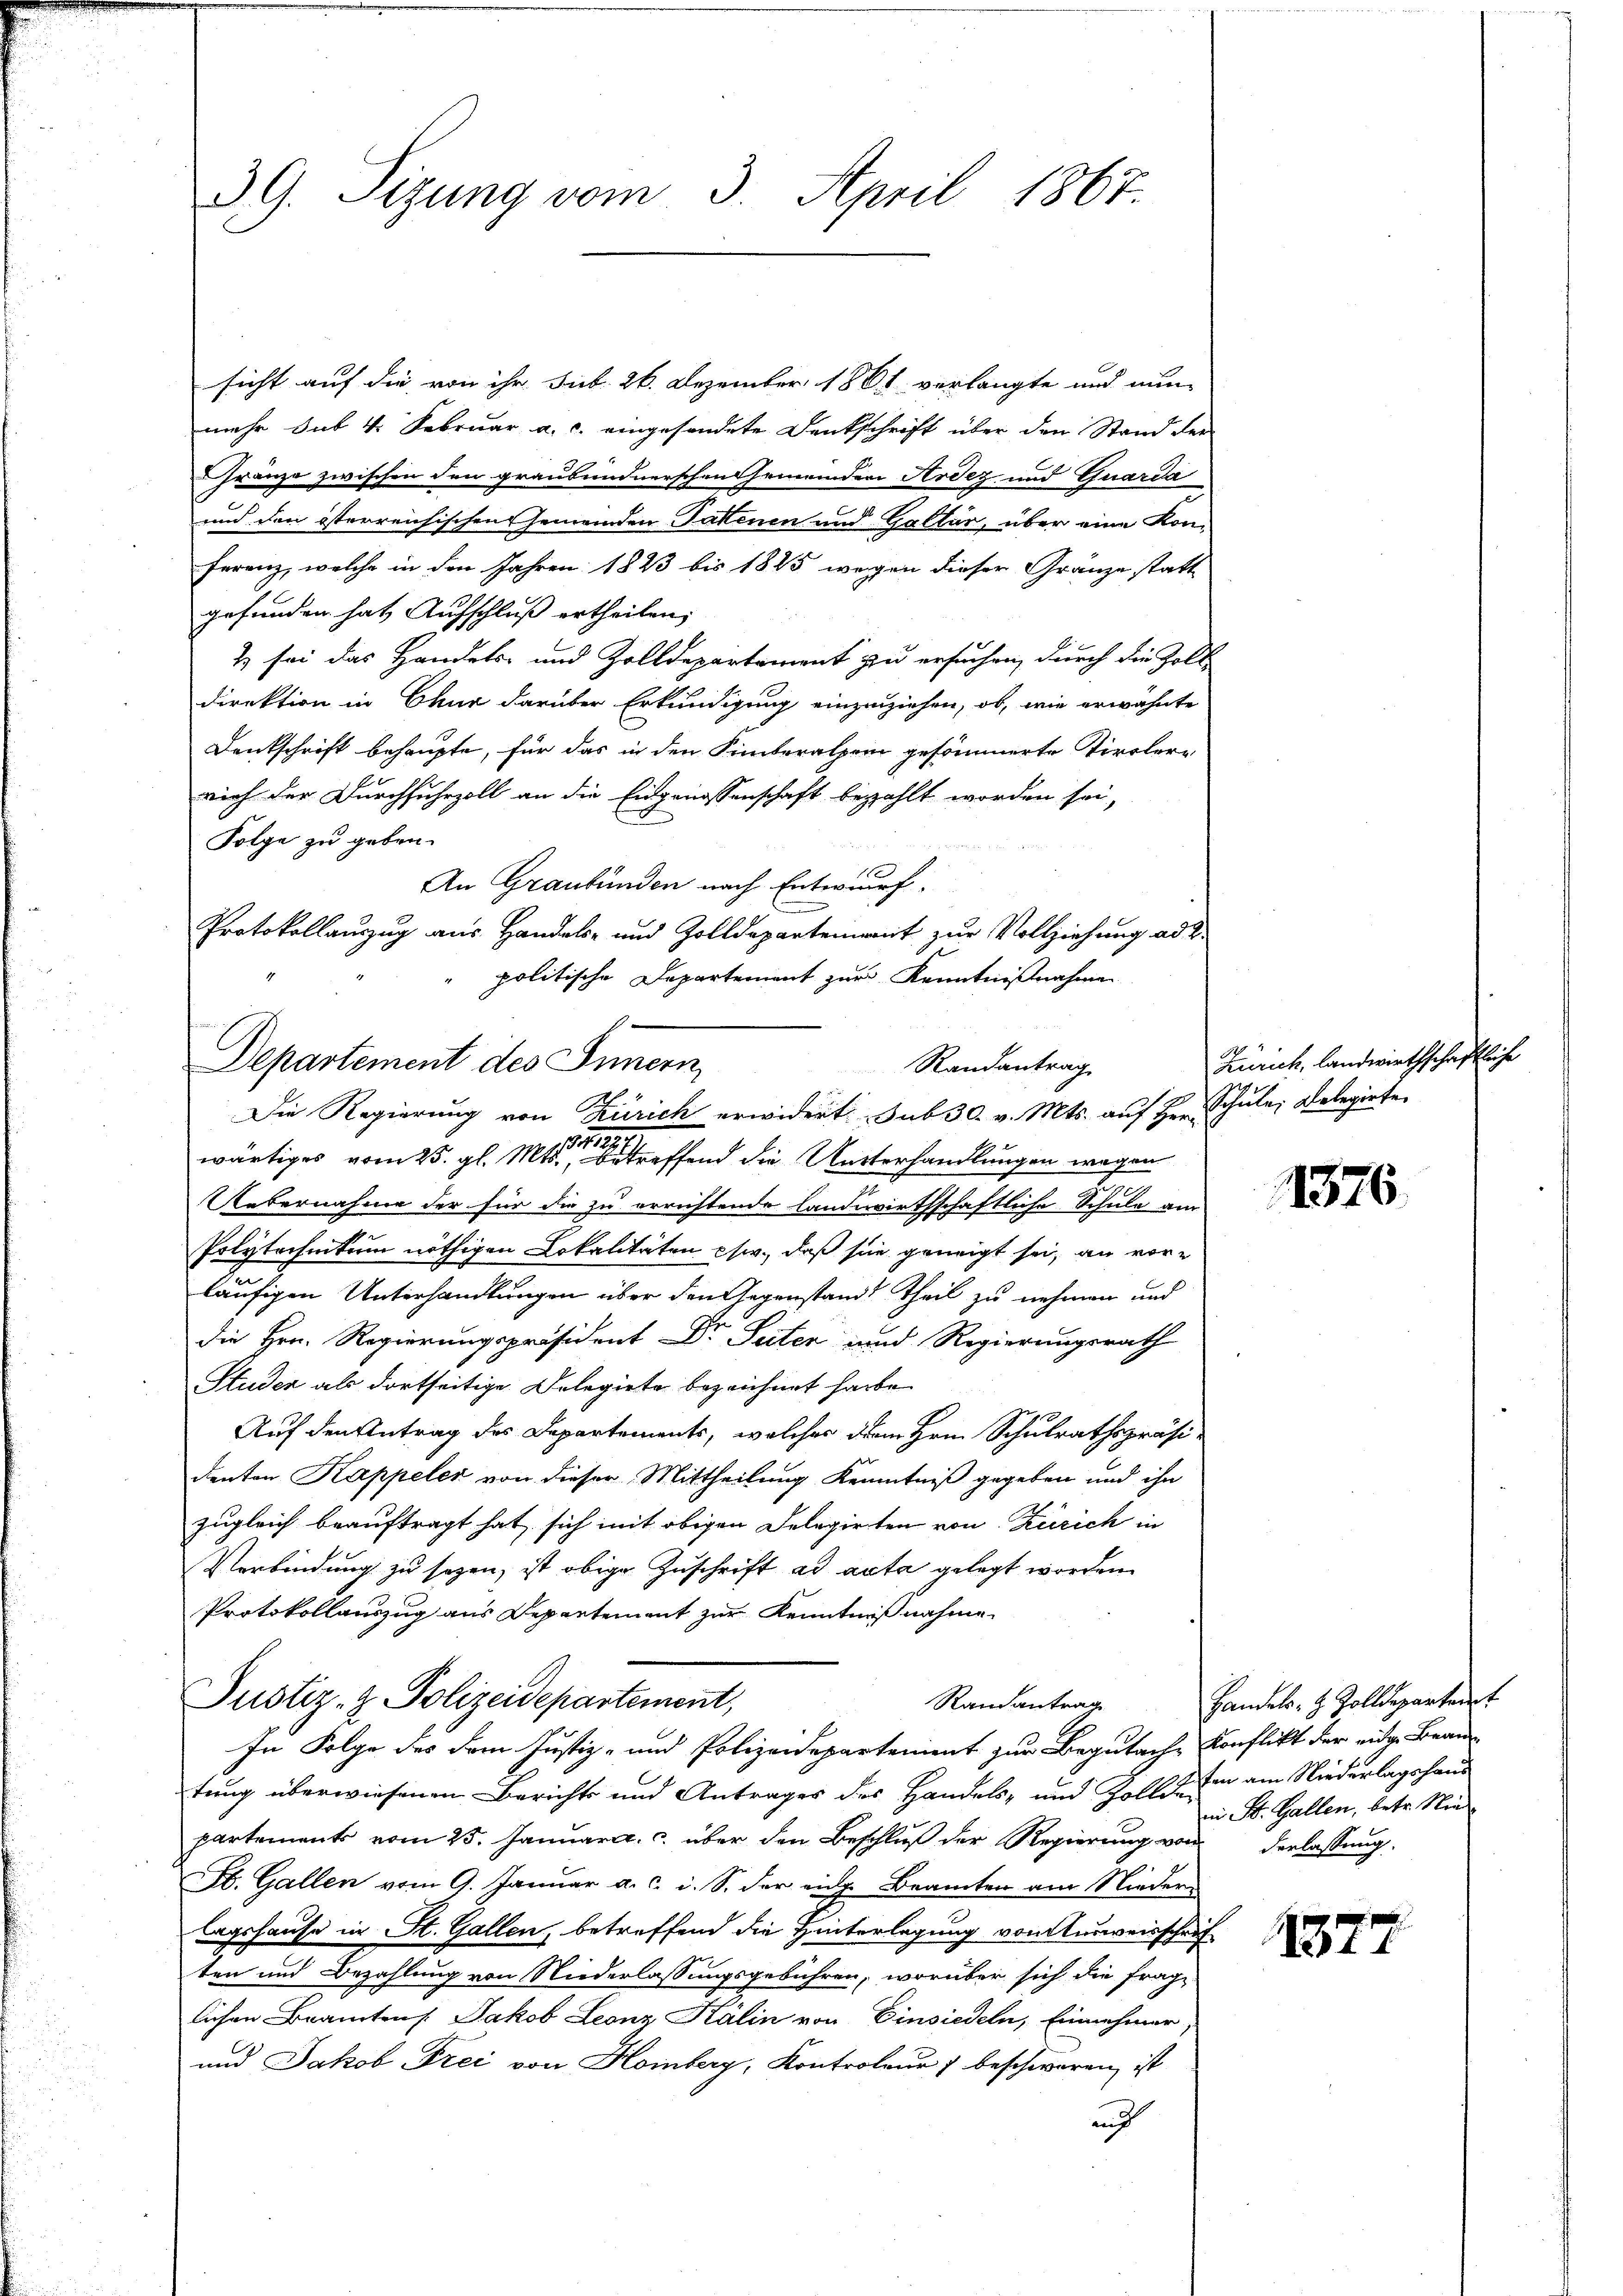
sicht auf die von ihr Ant. 26. Dezember 1861 verlangte und nun
mehr sub 4. Februar a. c. eingesendete Denkschrift über den Stand der
Gränze zwischen den graubündnerschen Gemeinden Ardez und Guarda
und den österreichischen Gemeinden Tatenen und Galtar, über eine Koni-
Feranz, welche in den Jahren 1823 bis 1885 wegen dieser Gränze statt
gefunden hat Aufschluß ertheilen,
& sei das Handels- und Zolldepartement zu ersuchen, durch die Zoll
Direktion in Chur darüber Erkundigung einzuziehen, ob, wie erwähnte
Denkschrift behaupte, für das in den Sinteralper gesömmerte Tiroler-
rich der Durchfuhrzoll an die Eidgenossenschaft bezahlt worden sei,
Folge zu geben.
An Graubünden nach Entwurf.
Protokollauszug aus Handels- und Zolldepartement zur Vollziehung ad 2.
politische Departement zur Kenntnißnahmen

39. Sitzung vom 3. April 1867.

Departement des Sinnern,
Randantrag
Die Regierung von Zürich erwidert, sub 30. v. Mts. auf Hrn. Schule, Belegirte

1127.
wärtiges vom 25. gl. Mts., betreffend die Unterhandlungen wegen
e
Uebernahme der für die zu errichtende landwirthschaftliche Schule am
Polytechnitum nöthigen Lokalitäten psw., daß sie geneigt sei, an vor-
läufigen Unterhandlungen über den Gegenstand Theil zu nehmen und
die Hrn. Regierungspräsident Dr. Seiten und Regierungsrath
Studen als dortseitige Delegiete bezeichnet habe.
Auf den Antrag des Departements, welches dem Hrn. Schulrathspräsi-
denten Kappeler von dieser Mittheilung Kenntniß gegeben und ihn
zugleich beauftragt hat, sich mit obigen Delegirten von Zürich in
Verbindung zu sezen, ist obige Zuschrift ad acta gelegt worden.
Protokollauszug aus Departement zur Kenntnißnahme.

Justiz- & Polizeidepartement,
Randantrag
In Folge des dem Justiz- und Polizeidepartement zur Begutache Konflikt der eidg. Brau

tung überwiesenen Berichts und Antrages des Handels- und Zolletten am Niederlagshaus
partements vom 25. Januar a. c. über den Beschluß der Regierung von derlassung
St. Gallen vom 9. Januar a. c. i. S. der eige Beamten am Nieder-
lagshause in St. Gallen, betreffend die Hinterlegung vom Ausweisschrif
ten und Bezahlung von Niederlassungsgebühren, worüber sich die Frage
lichen Beamten Jakob Leonz Kalin von Einsiedeln, Einnehmer,
und Jakob Frei von Homberg, Kontroleur 7 beschweren ist
auf

Zürich, landwirthschaftliche

1376.

Handels- & Zolldepartamt
in St. Gallen, betr. Nie

1377